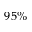
9 5 \%